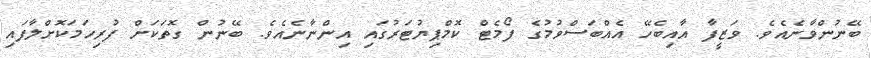
ބޭނުންވާނެއެވެ. ވަޒީފާ އާއިބެހޭ އެއްބަސްވުމުގެ ފޯމެޓް ކޮމްޕިޔުޓަރުގައި އިންނާނެއެވެ. ބޭނުން ގޮތަކަށް ފުރިހަމަކޮށްލާފައި